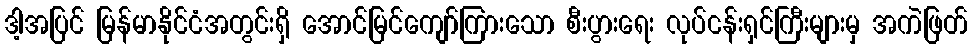
ဒါ့အပြင် မြန်မာနိုင်ငံအတွင်းရှိ အောင်မြင်ကျော်ကြားသော စီးပွားရေး လုပ်ငန်းရှင်ကြီးများမှ အကဲဖြတ်